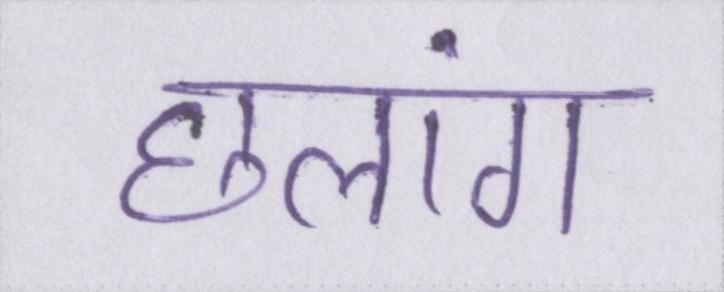
छलांग